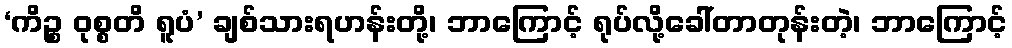
‘ကိဉ္စ ဝုစ္စတိ ရူပံ’ ချစ်သားရဟန်းတို့၊ ဘာကြောင့် ရုပ်လို့ခေါ်တာတုန်းတဲ့၊ ဘာကြောင့်